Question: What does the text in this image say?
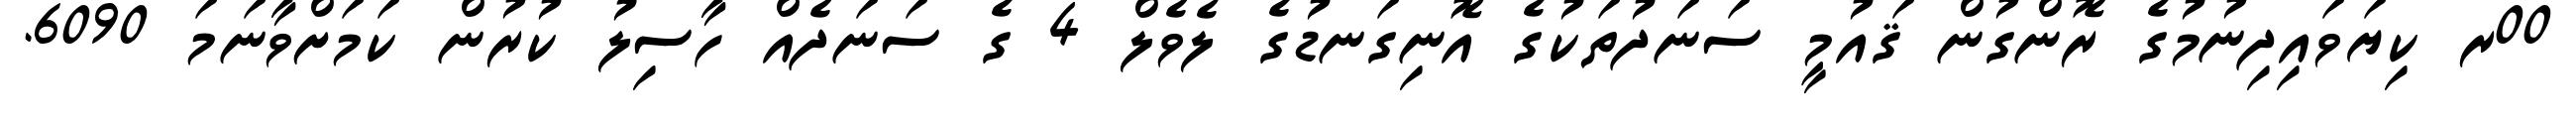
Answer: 00ރ ކިޔަވައިދިނުމުގެ ރޮންގުން ޤައުމީ ސަނަދުތަކުގެ އޮނިގަނޑުގެ ލެވެލް 4 ގެ ސަނަދެއް ހާސިލު ކުރުން ކަމަށްވާނަމަ 6090.